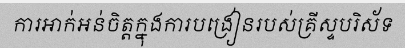
ការអាក់អន់ចិត្តក្នុងការបង្រៀនរបស់គ្រីស្ទបរិស័ទ